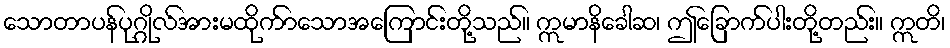
သောတာပန်ပုဂ္ဂိုလ်အားမထိုက်ာသောအကြောင်းတို့သည်။ ဣမာနိခေါဆ၊ ဤခြောက်ပါးတို့တည်း။ ဣတိ၊